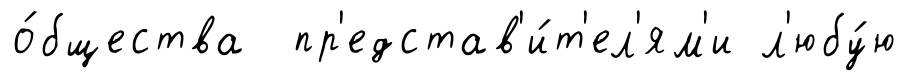
о́бщества пр'едстав'и́т'ел'ям'и л'юбу́ю